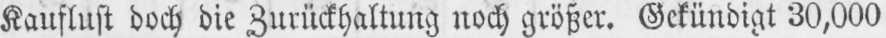
Kauflust doch die Zurückhaltung noch größer. Gekündigt 30,000